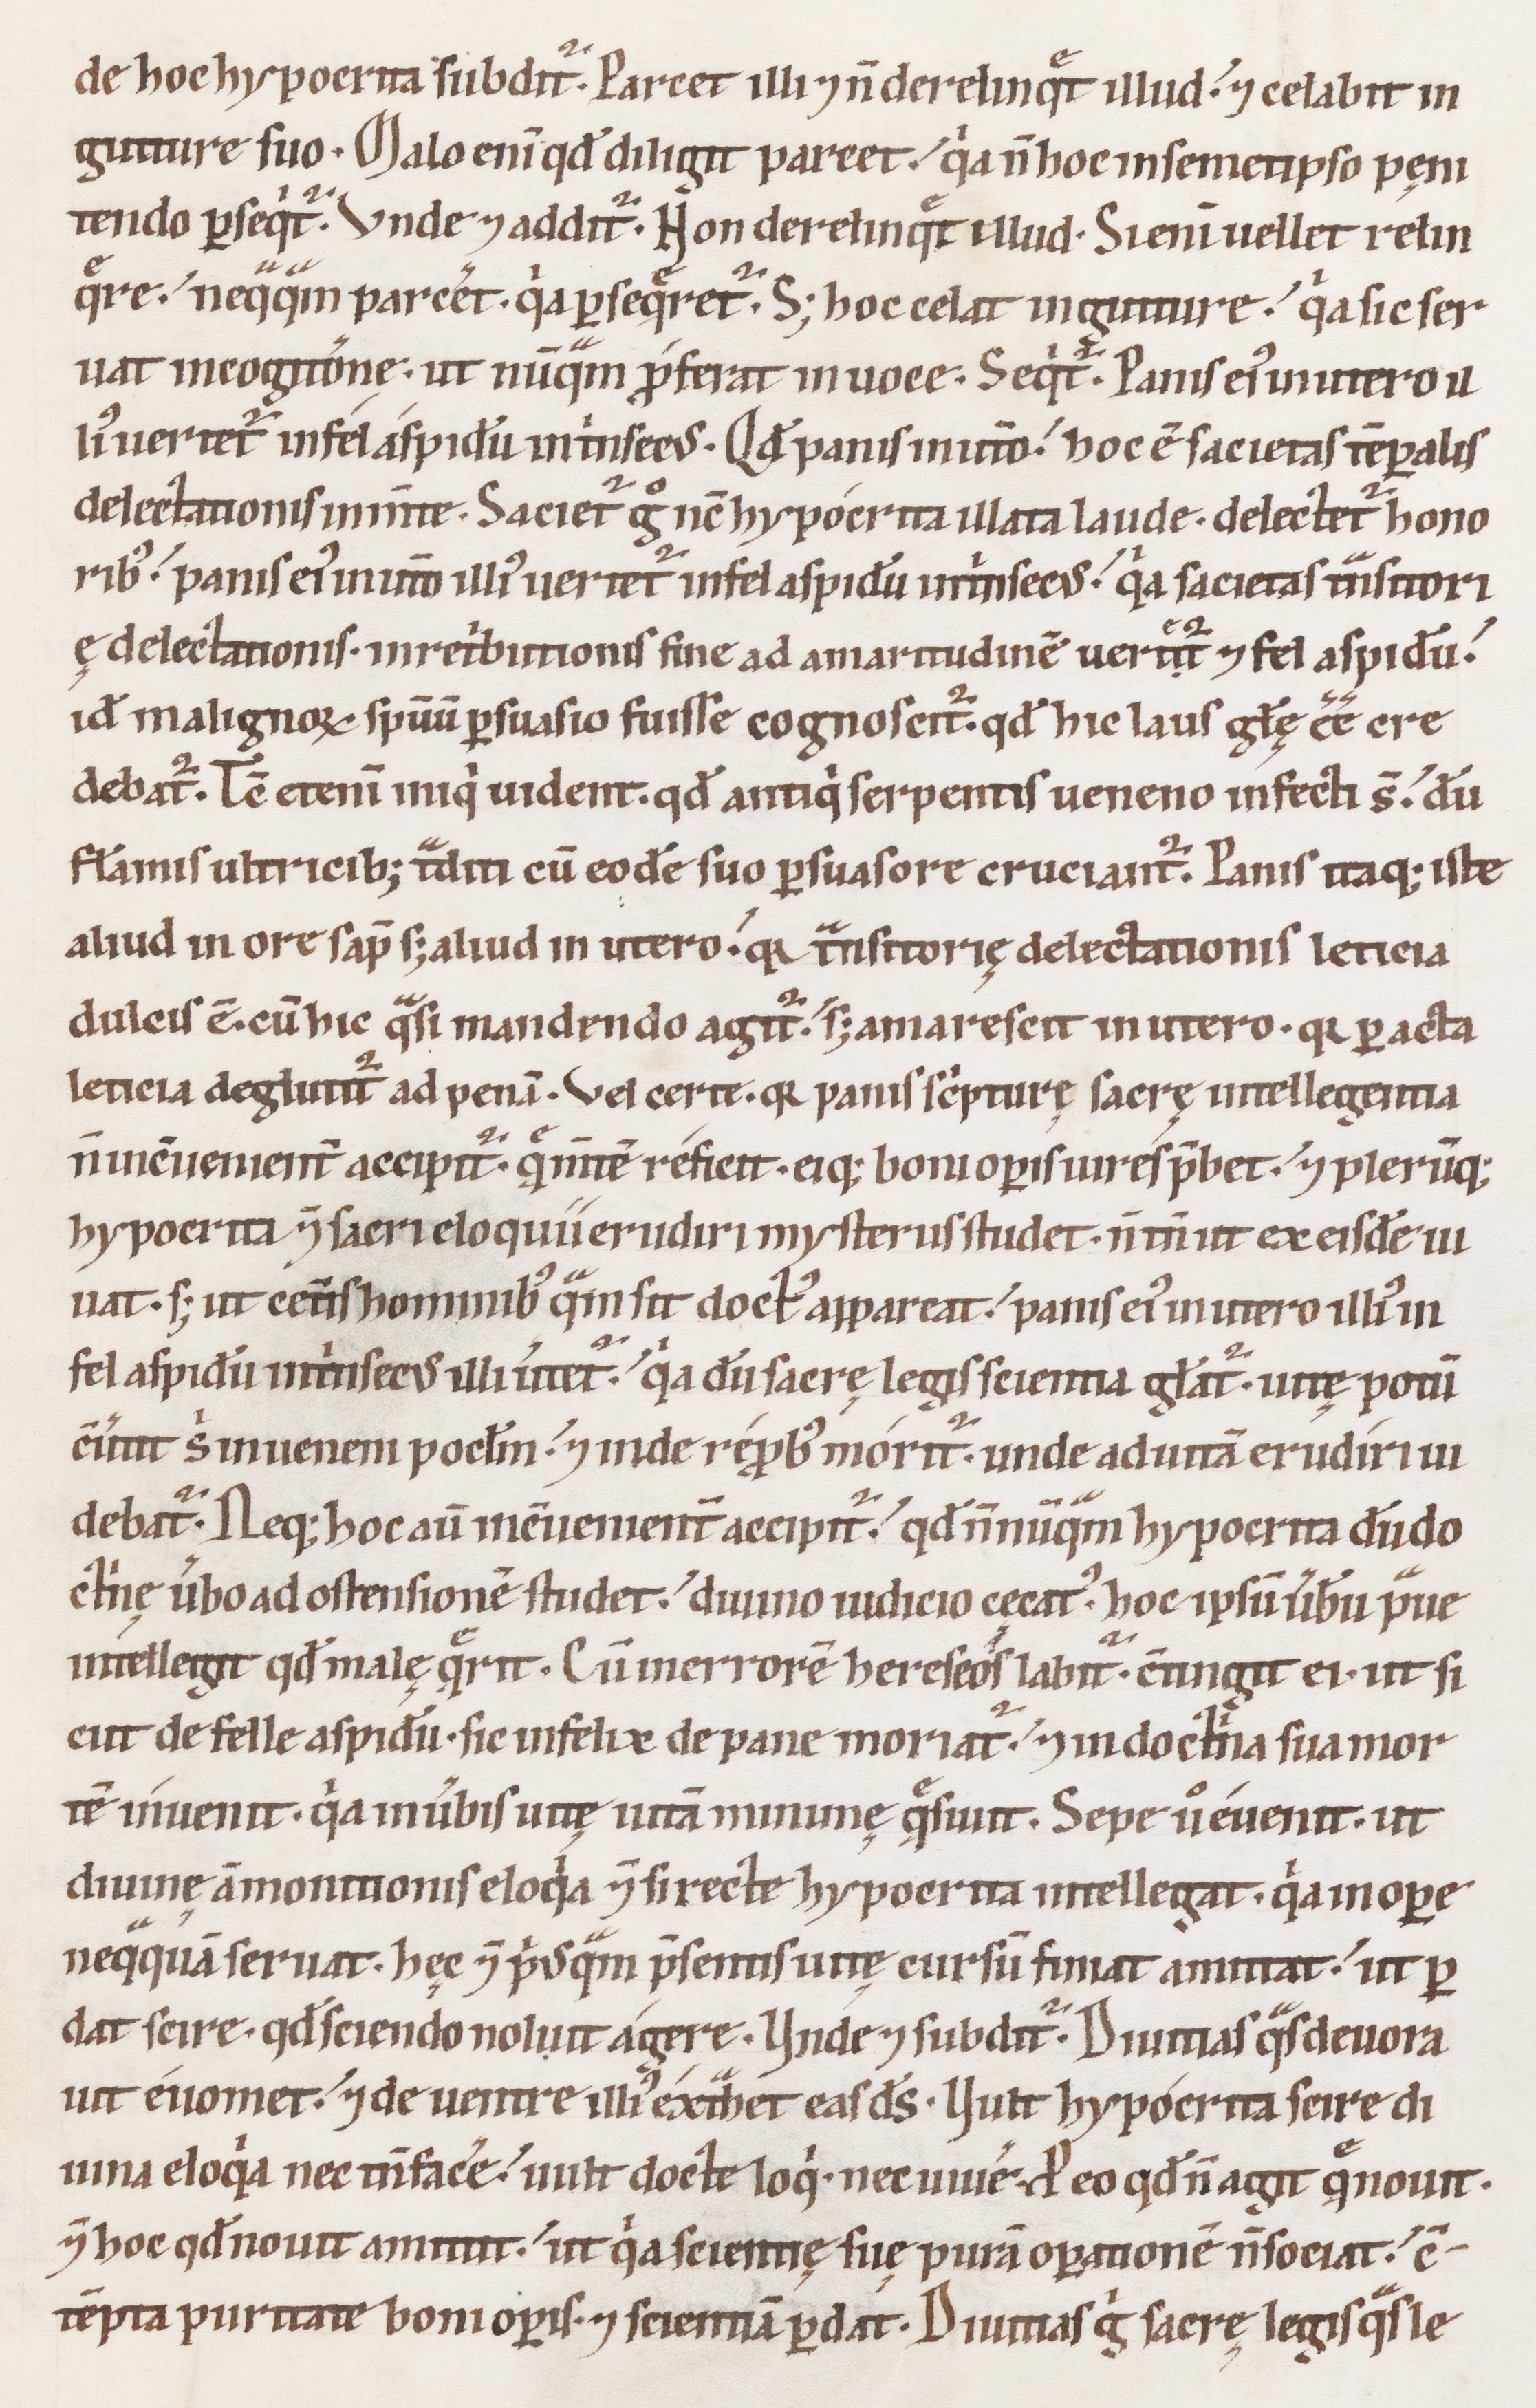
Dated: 1100–1199